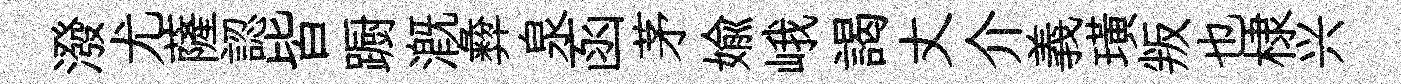
潑尤薩認皆蹰溉彜泉函茅媮峨謁丈介義璜叛也棣兴